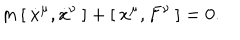
LaTeX: m \, [ \: \dot { x } ^ { \mu } , \dot { x } ^ { \nu } \: ] + [ \: x ^ { \mu } , F ^ { \nu } \: ] = 0 .